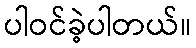
ပါဝင်ခဲ့ပါတယ်။